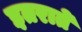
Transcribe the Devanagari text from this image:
इतराते